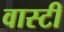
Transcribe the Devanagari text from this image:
वास्टी